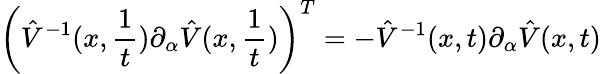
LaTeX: \left(\hat{V}^{-1}(x,{\frac{1}{t}})\partial_{\alpha}\hat{V}(x,{\frac{1}{t}})\right)^{T}=-\hat{V}^{-1}(x,t)\partial_{\alpha}\hat{V}(x,t)